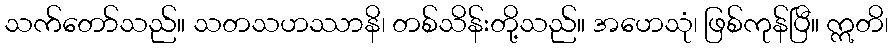
သက်တော်သည်။ သတသဟဿာနိ၊ တစ်သိန်းတို့သည်။ အဟေသုံ၊ ဖြစ်ကုန်ပြီ။ ဣတိ၊